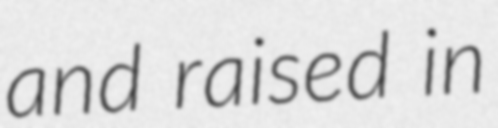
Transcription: and raised in